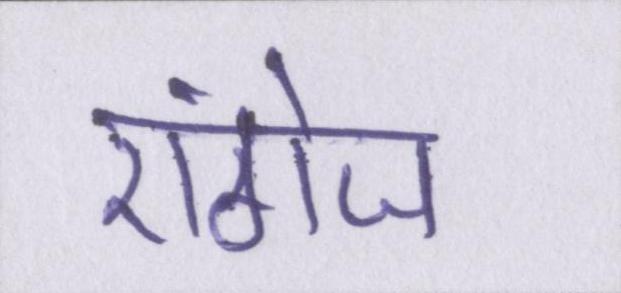
एंगेज